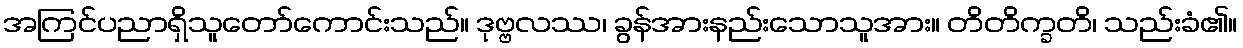
အကြင်ပညာရှိသူတော်ကောင်းသည်။ ဒုဗ္ဗလဿ၊ ခွန်အားနည်းသောသူအား။ တိတိက္ခတိ၊ သည်းခံ၏။